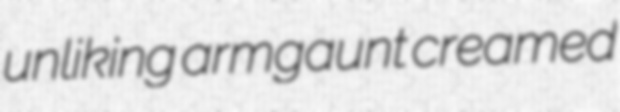
unliking armgaunt creamed